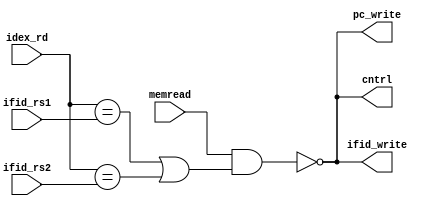
module hazard_det(memread, ifid_rs1, ifid_rs2, idex_rd, pc_write, ifid_write, cntrl);
    input wire memread;
    input wire [4:0] ifid_rs1, ifid_rs2, idex_rd;
    output wire pc_write, ifid_write, cntrl;

    wire stall;
    assign stall = (memread) && ((idex_rd == ifid_rs1) || (idex_rd == ifid_rs2));

    assign pc_write = ~stall;
    assign ifid_write = ~stall;
    assign cntrl = ~stall; // cntrl is 1 -> normal control signals
                           // cntrl is 0 -> 0 control signals 
endmodule